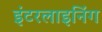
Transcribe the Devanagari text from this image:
इंटरलाइनिंग